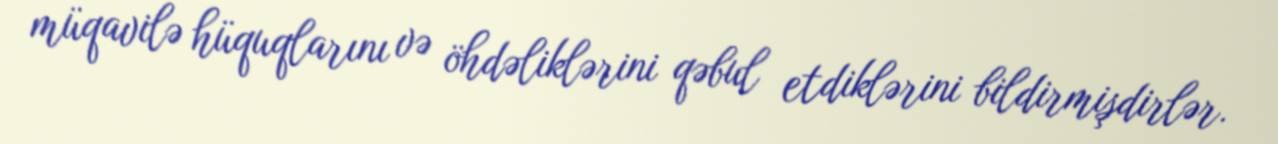
müqavilə hüquqlarını və öhdəliklərini qəbul etdiklərini bildirmişdirlər.